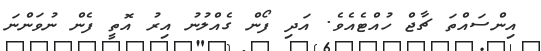
އިންސައްތަ ޗާޖް ހުއްޓެއެެވެ. އަދި ފޯން ގެއްލުނު އިރު އޮތީ ފެން ނުވަންނަ